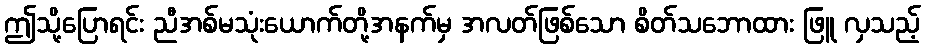
ဤသို့ပြောရင်း ညီအစ်မသုံးယောက်တို့အနက်မှ အလတ်ဖြစ်သော စိတ်သဘောထား ဖြူ လှသည့်